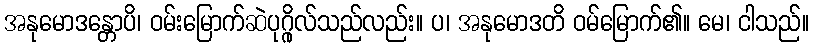
အနုမောဒန္တောပိ၊ ဝမ်းမြောက်ဆဲပုဂ္ဂိုလ်သည်လည်း။ ပ၊ အနုမောဒတိ ဝမ်မြောက်၏။ မေ၊ ငါသည်။